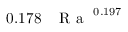
0 . 1 7 8 \, \mathrm { ~ \textit ~ { ~ R ~ a ~ } ~ } ^ { 0 . 1 9 7 }